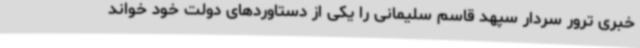
خبری ترور سردار سپهد قاسم سلیمانی را یکی از دستاوردهای دولت خود خواند